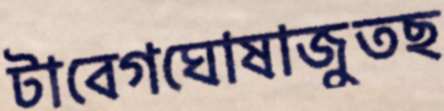
টাবেগঘোষাজুতছ